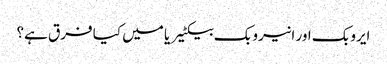
ایروبک اور انیروبک بیکٹیریا میں کیا فرق ہے؟